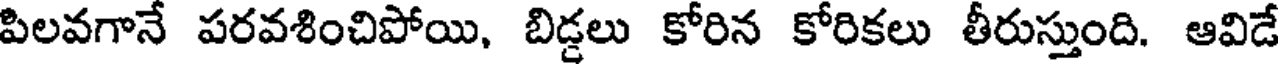
పిలవగానే పరవశించిపోయి, బిడ్డలు కోరిన కోరికలు తీరుస్తుంది. ఆవిడే